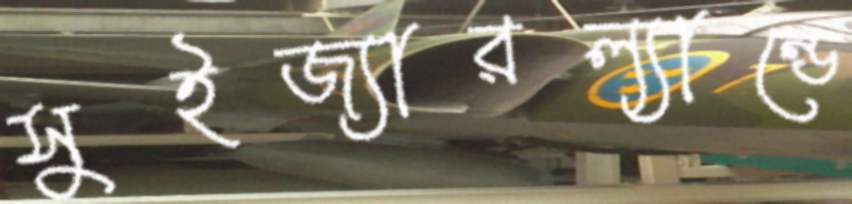
সুইজ্যারল্যান্ডে